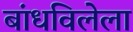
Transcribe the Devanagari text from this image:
बांधविलेला